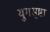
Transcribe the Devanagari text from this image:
युगसृष्टा